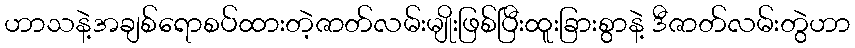
ဟာသနဲ့အချစ်ရောစပ်ထားတဲ့ဇာတ်လမ်းမျိုးဖြစ်ပြီးထူးခြားစွာနဲ့ ဒီဇာတ်လမ်းတွဲဟာ